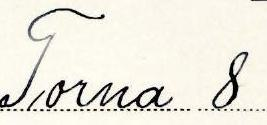
Torna 8